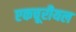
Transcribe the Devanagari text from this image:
एकचूरीयल